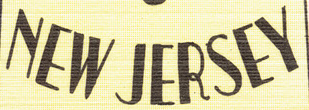
New JERSEY